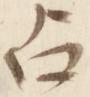
占